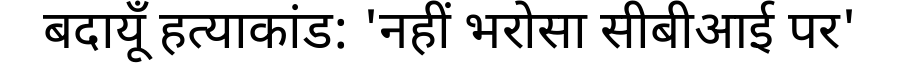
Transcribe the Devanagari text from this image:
बदायूँ हत्याकांड: 'नहीं भरोसा सीबीआई पर'